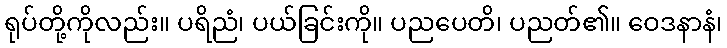
ရုပ်တို့ကိုလည်း။ ပရိညံ၊ ပယ်ခြင်းကို။ ပညပေတိ၊ ပညတ်၏။ ဝေဒနာနံ၊